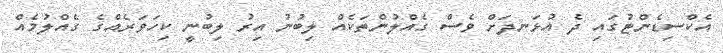
އެކްސިޑެންޓުގައި ދެ އުޅަނދަށް ވެސް ގެއްލުންތަކެއް ލިބުނު އިރު ލިބުނީ ކިހަވަރެއްގެ ގެއްލުމެއް